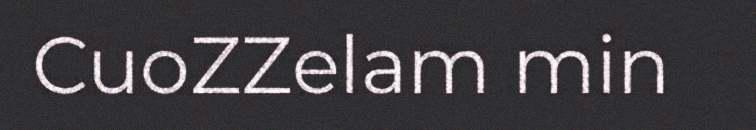
CuoZZelam min